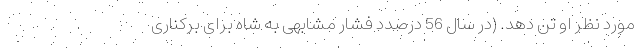
مورد نظر او تن دهد. (‌در سال 56 درصدد فشار مشابهی به شاه برای برکناری